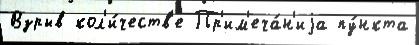
Взрыв кол'и́честв'е Пр'им'еча́н'иjа пу́нкта